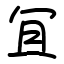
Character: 冝